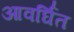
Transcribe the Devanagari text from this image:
आवर्घित